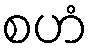
စဟံ